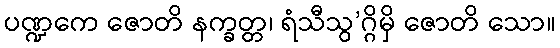
ပဏ္ဍကေ ဇောတိ နက္ခတ္တ၊ ရံသီသွ’ဂ္ဂိမှိ ဇောတိ သော။